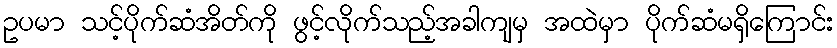
ဥပမာ သင့်ပိုက်ဆံအိတ်ကို ဖွင့်လိုက်သည့်အခါကျမှ အထဲမှာ ပိုက်ဆံမရှိကြောင်း